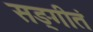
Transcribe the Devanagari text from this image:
सङ्गीतं